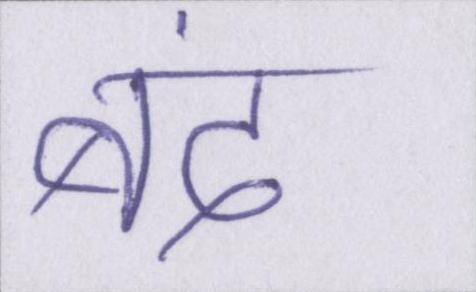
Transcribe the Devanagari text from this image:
बंद